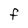
Character: F